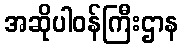
အဆိုပါဝန်ကြီးဌာန